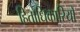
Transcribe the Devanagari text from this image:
हितोधिकारियों